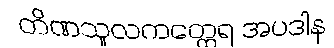
တိဏသူလကတ္ထေရ အပဒါန